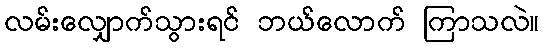
လမ်းလျှောက်သွားရင် ဘယ်လောက် ကြာသလဲ။